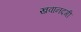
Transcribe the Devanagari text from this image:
ख़वानदगी